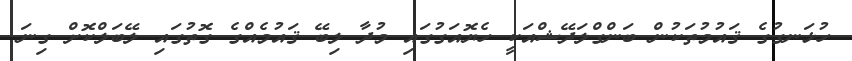
ހުޅަނގުގެ ޤައުމުތަކުން ބަންގްލަދޭޝްއަކީ ހެޔޮއަގުގައި މުދާ ލިބޭ ޤައުމެއްގެ ގޮތުގައި ލޭބަލްކޮށް ގިނަ